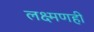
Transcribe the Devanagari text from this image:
लक्ष्मणही